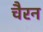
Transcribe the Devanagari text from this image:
चैरन